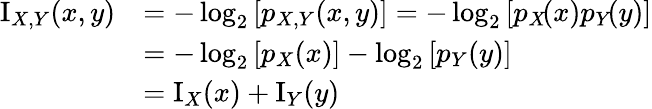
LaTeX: {\begin{array}{rl}{\operatorname{I}_{X,Y}(x,y)}&{=-\log_{2}\left[p_{X,Y}(x,y)\right]=-\log_{2}\left[p_{X}\! (x)p_{Y}\! (y)\right]}\\ &{=-\log_{2}\left[p_{X}{(x)}\right]-\log_{2}\left[p_{Y}{(y)}\right]}\\ &{=\operatorname{I}_{X}(x)+\operatorname{I}_{Y}(y)}\end{array}}